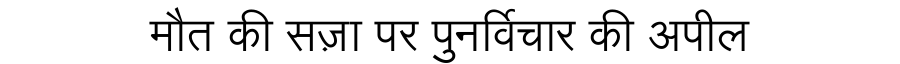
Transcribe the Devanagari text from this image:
मौत की सज़ा पर पुनर्विचार की अपील